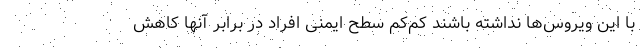
با این ویروس‌ها نداشته باشند کم‌کم سطح ایمنی افراد در برابر آنها کاهش